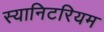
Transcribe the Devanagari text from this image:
स्यानिटरियम